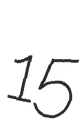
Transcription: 15